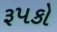
રૂપકો